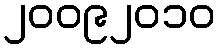
၂၀၀၉၂၀၁၀